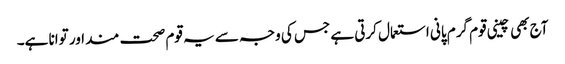
آج بھی چینی قوم گرم پانی استعمال کرتی ہے جس کی وجہ سے یہ قوم صحت مند اور توانا ہے۔